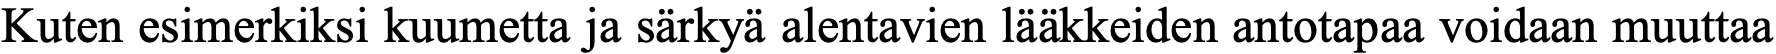
Kuten esimerkiksi kuumetta ja särkyä alentavien lääkkeiden antotapaa voidaan muuttaa